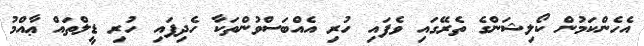
އެހެންކަމުން ކޯލިޝަންގެ ތެރޭގައި ވެފައި ހުރި އެއްބަސްވުންތަކާ ހެދިފައި ހުރި ޑީލްތައް ޢާއްމު